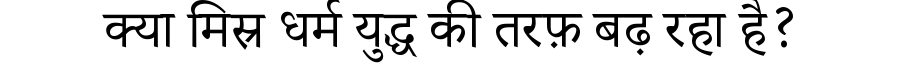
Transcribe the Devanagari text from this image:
क्या मिस्र धर्म युद्ध की तरफ़ बढ़ रहा है?